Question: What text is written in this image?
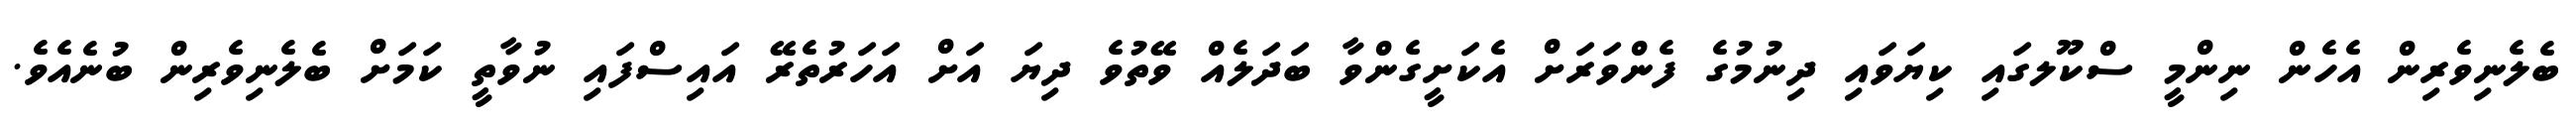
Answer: ބެލެނިވެރިން އެހެން ނިންމީ ސްކޫލގައި ކިޔަވައި ދިނުމުގެ ފެންވަރަށް އެކަށީގެންވާ ބަދަލެއް ވޭތުވެ ދިޔަ އަށް އަހަރުތެރޭ އައިސްފައި ނުވާތީ ކަމަށް ބެލެނިވެރިން ބުނެއެވެ.